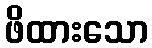
ဖိထားသော